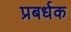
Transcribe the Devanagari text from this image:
प्रबर्धक